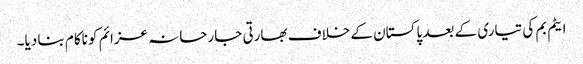
ایٹم بم کی تیاری کے بعد پاکستان کے خلاف بھارتی جارحانہ عزائم کو ناکام بنا دیا۔